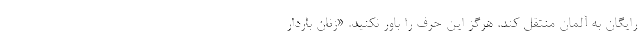
رایگان به آلمان منتقل کند. هرگز این حرف را باور نکنید. «زنان باردار